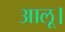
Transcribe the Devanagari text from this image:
आलू।